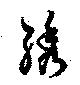
綉